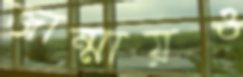
জান্মায়ও